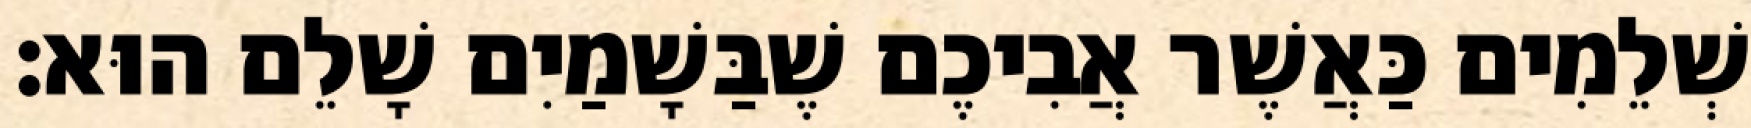
שְׁלֵמִים כַּאֲשֶׁר אֲבִיכֶם שֶׁבַּשָׁמַיִם שָׁלֵם הוּא׃